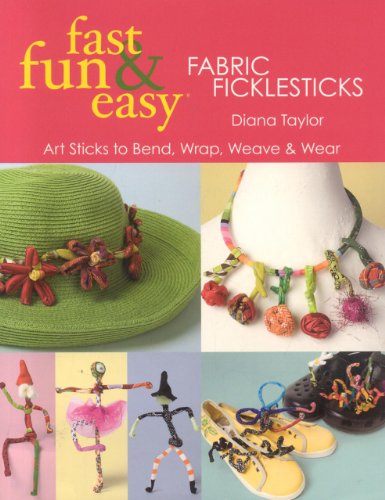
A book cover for Fast, Fun & Easy Fabric Ficklesticks: Art Sticks to Bend, Wrap, Weave & Wear; Diana Taylor; Crafts, Hobbies & Home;